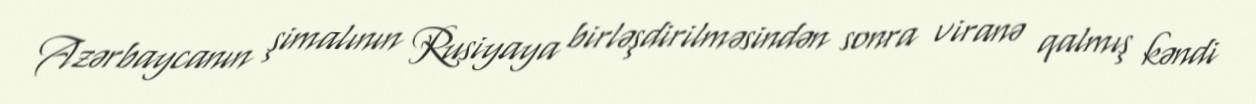
Azərbaycanın şimalının Rusiyaya birləşdirilməsindən sonra viranə qalmış kəndi